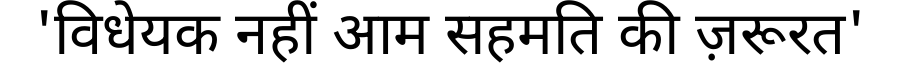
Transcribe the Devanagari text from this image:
'विधेयक नहीं आम सहमति की ज़रूरत'